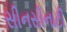
સીનસીનાટી